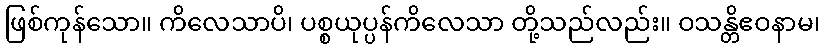
ဖြစ်ကုန်သော။ ကိလေသာပိ၊ ပစ္စယုပ္ပန်ကိလေသာ တို့သည်လည်း။ ဝသန္တိဧဝနာမ၊